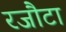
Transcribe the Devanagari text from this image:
रजौटा